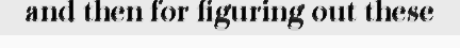
and then for figuring out these